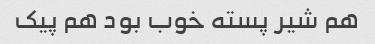
هم شیر پسته خوب بود هم پیک